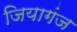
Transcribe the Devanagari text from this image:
जियागंज